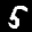
Label: 5